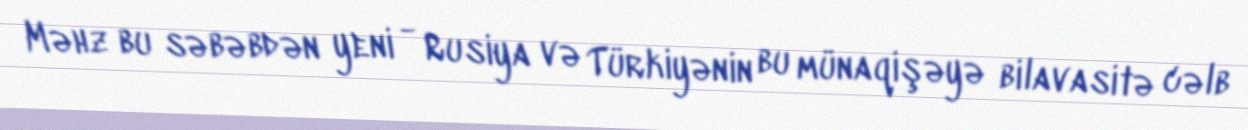
Məhz bu səbəbdən yeni - Rusiya və Türkiyənin bu münaqişəyə bilavasitə cəlb